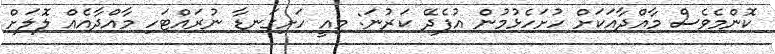
ކޮންމެވެސް މާއްދާއަކަށް ހުށަހެޅުމުން އުފެދޭ ކަރުނަ: މިއީ ހަށިގަނޑާ ނުރައްޓަހި މާއްދާއެއް ލޮލަށް